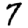
Digit: 7